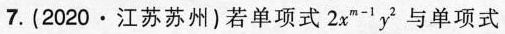
7.(2020·江苏苏州)若单项式 $$2 x ^ { m - 1 } y ^ { 2 }$$ 与单项式m+n=___$$.